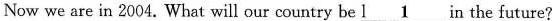
Now we are in 2004. What will our country be l \underline{1}n the future?